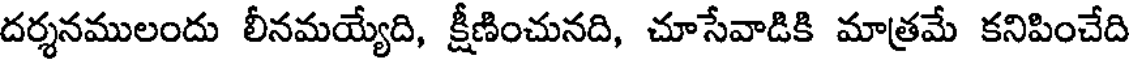
దర్శనములందు లీనమయ్యేది, క్షీణించునది, చూసేవాడికి మాత్రమే కనిపించేది